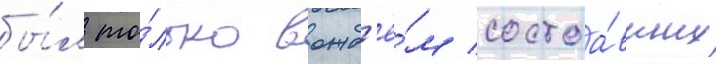
бы́л то́лько вожд'ё́м состоа́вших